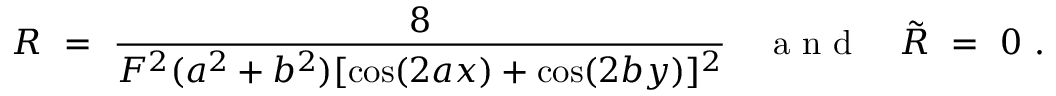
R \ = \ \frac { 8 } { F ^ { 2 } ( a ^ { 2 } + b ^ { 2 } ) [ \cos ( 2 a x ) + \cos ( 2 b y ) ] ^ { 2 } } { ~ ~ ~ \mathrm { ~ a ~ n ~ d ~ } ~ ~ ~ } \tilde { R } \ = \ 0 ~ .